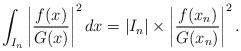
LaTeX: \begin{align*} \int_{I_n} \left|\frac{f(x)}{G(x)}\right|^2dx = |I_n|\times \left|\frac{f(x_n)}{G(x_n)}\right|^2.\end{align*}